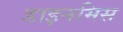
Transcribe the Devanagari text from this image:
डाइनमिस